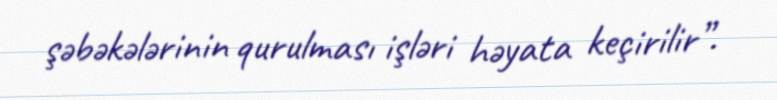
şəbəkələrinin qurulması işləri həyata keçirilir”.